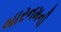
બારનમની